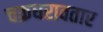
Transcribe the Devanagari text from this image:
चक्रधरावतार